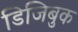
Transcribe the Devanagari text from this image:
डिजिबुक